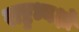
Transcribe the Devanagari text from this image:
राष्ट्रध्यक्षों